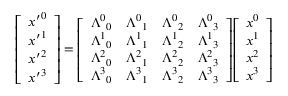
{ \left[ \begin{array} { l } { { x ^ { \prime } } ^ { 0 } } \\ { { x ^ { \prime } } ^ { 1 } } \\ { { x ^ { \prime } } ^ { 2 } } \\ { { x ^ { \prime } } ^ { 3 } } \end{array} \right] } = { \left[ \begin{array} { l l l l } { { \Lambda ^ { 0 } } _ { 0 } } & { { \Lambda ^ { 0 } } _ { 1 } } & { { \Lambda ^ { 0 } } _ { 2 } } & { { \Lambda ^ { 0 } } _ { 3 } } \\ { { \Lambda ^ { 1 } } _ { 0 } } & { { \Lambda ^ { 1 } } _ { 1 } } & { { \Lambda ^ { 1 } } _ { 2 } } & { { \Lambda ^ { 1 } } _ { 3 } } \\ { { \Lambda ^ { 2 } } _ { 0 } } & { { \Lambda ^ { 2 } } _ { 1 } } & { { \Lambda ^ { 2 } } _ { 2 } } & { { \Lambda ^ { 2 } } _ { 3 } } \\ { { \Lambda ^ { 3 } } _ { 0 } } & { { \Lambda ^ { 3 } } _ { 1 } } & { { \Lambda ^ { 3 } } _ { 2 } } & { { \Lambda ^ { 3 } } _ { 3 } } \end{array} \right] } { \left[ \begin{array} { l } { x ^ { 0 } } \\ { x ^ { 1 } } \\ { x ^ { 2 } } \\ { x ^ { 3 } } \end{array} \right] }